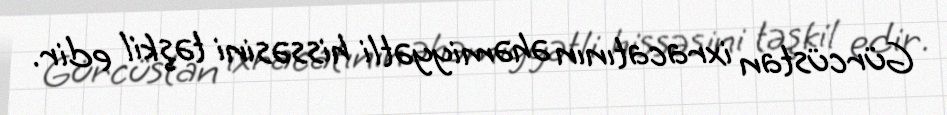
Gürcüstan ixracatının əhəmiyyətli hissəsini təşkil edir.